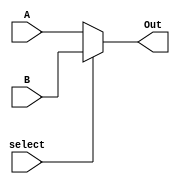
`timescale 1ns / 1ps

//////////////////////////////////////////////////////////////////////////////////
// fullname : Milad Nooraei
// student number : 9935701
// Computer Architecture HomeWork 1
//////////////////////////////////////////////////////////////////////////////////

module Multiplexer2To1(
	input [31:0]A,
	input [31:0]B,
	input select,
	
	output reg [31:0]Out
    );
	 
	 always@(*)
	 begin
	 
		if(select)
			Out = B;
		else
			Out = A;
			
	 end


endmodule